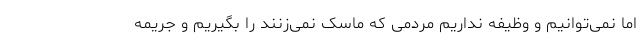
اما نمی‌توانیم و وظیفه نداریم مردمی که ماسک نمی‌زنند را بگیریم و جریمه